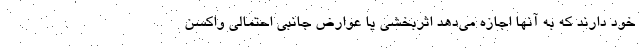
خود دارند که به آنها اجازه می‌دهد اثربخشی یا عوارض جانبی احتمالی واکسن